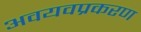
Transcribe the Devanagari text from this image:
अवयवप्रकरण